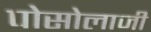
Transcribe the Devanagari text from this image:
पोसोलाजी